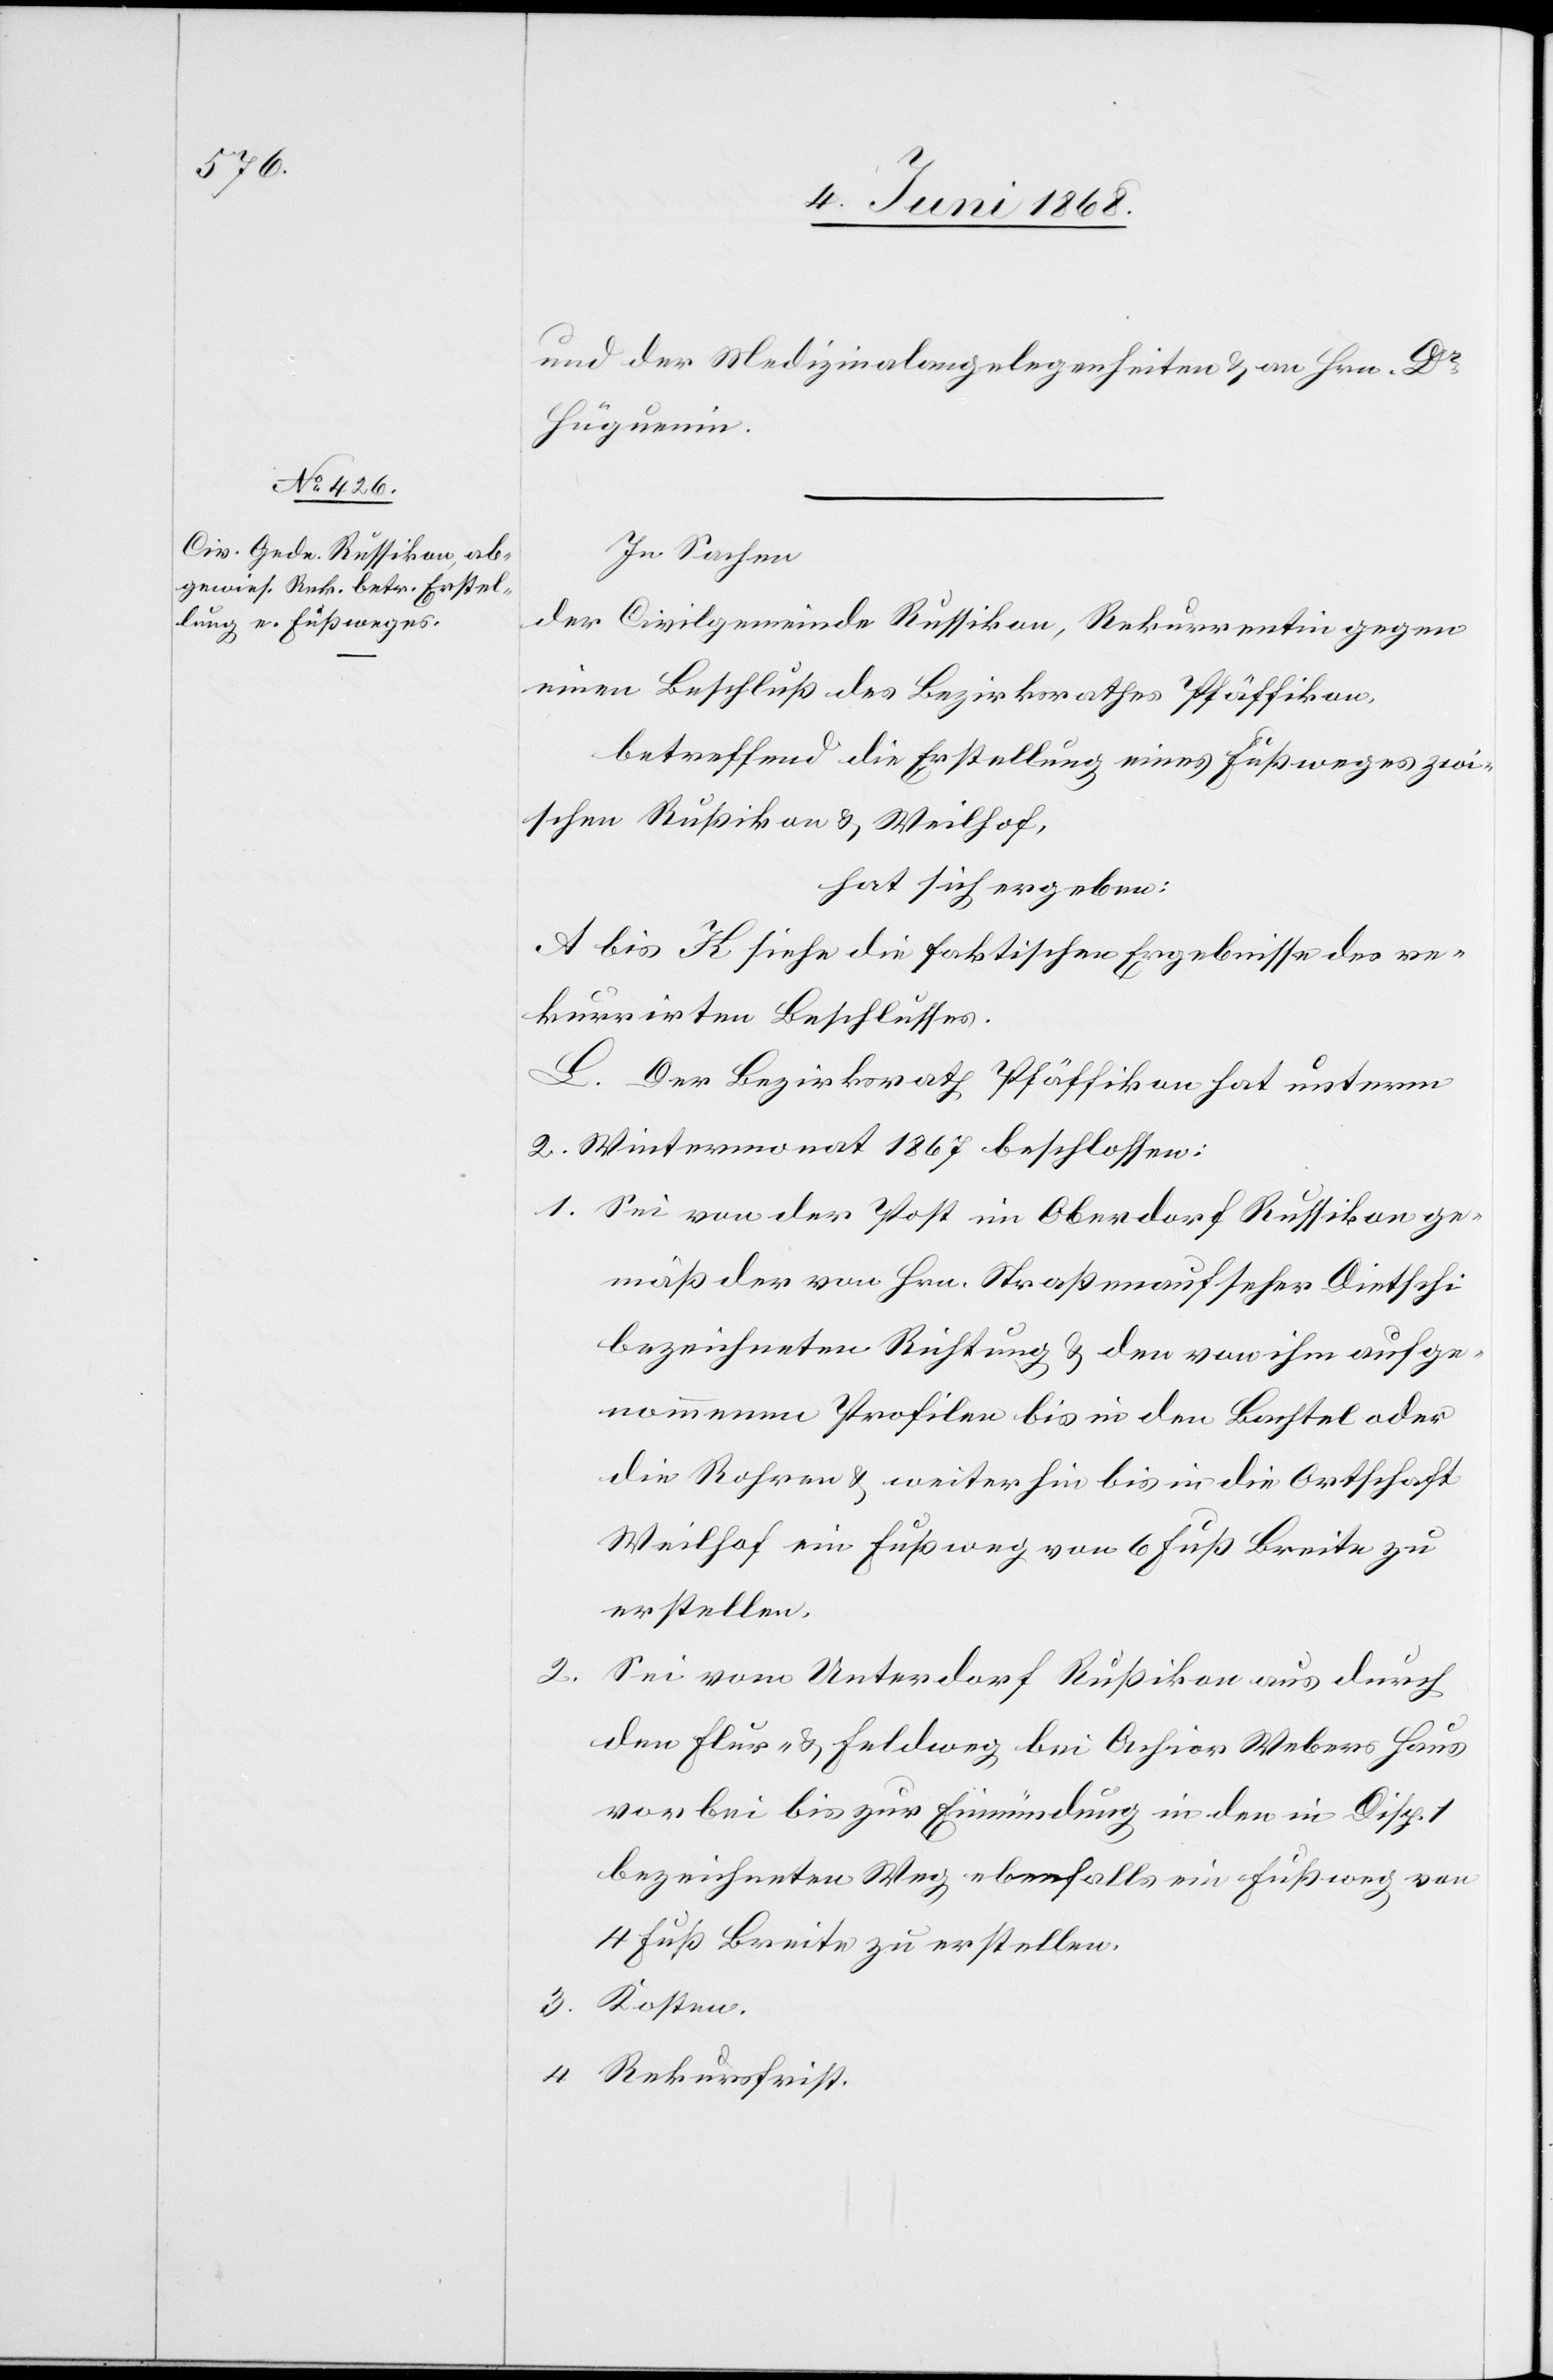
3.

und der Medizinalangelegenheiten & an Hrn. Dr
Hüguenin.
In Sachen
der Civilgemeinde Russikon, Rekurrentin gegen
einen Beschluß des Bezirksrathes Pfäffikon,
betreffend die Erstellung eines Fußweges zwi¬
schen Rußikon & Weilhof,
hat sich ergeben:
A bis K siehe die faktischen Ergebnisse des re¬
kurrirten Beschlusses.
L. Der Bezirksrath Pfäffikon hat unterm
2. Wintermonat 1867 beschlossen:
Sei von der Post im Oberdorf Russikon ge¬
mäß der von Hrn. Straßenaufseher Dietschi
bezeichneten Richtung & den von ihm aufge¬
nommenen Profilen bis in den Bachtel oder
die Rohren & weiter hin bis in die Ortschaft
Weilhof ein Fußweg von 6 Fuß Breite zu
erstellen.
Sei vom Unterdorf Rußikon aus durch
den Flur- & Feldweg bei Achior Webers Haus
vorbei bis zur Einmündung in den in Disp. 1
bezeichneten Weg ebenfalls ein Fußweg von
4 Fuß Breite zu erstellen.
Rekursfrist.